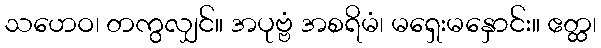
သဟေဝ၊ တကွလျှင်။ အပုဗ္ဗံ အစရိမံ၊ မရှေးမနှောင်း။ ဧတ္ထ၊